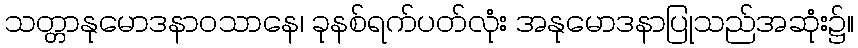
သတ္တာနုမောဒနာဝသာနေ၊ ခုနစ်ရက်ပတ်လုံး အနုမောဒနာပြုသည်အဆုံး၌။